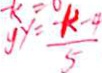
y = \frac { - k - 4 } { 5 }